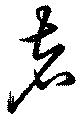
者